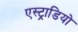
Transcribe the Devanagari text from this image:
एस्ट्राडियो